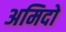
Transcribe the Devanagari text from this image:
अमिदो